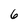
Character: 6